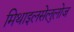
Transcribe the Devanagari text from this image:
मिथाइलसेलुलोज